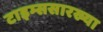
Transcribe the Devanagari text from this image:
टाइम्ससारख्या